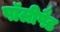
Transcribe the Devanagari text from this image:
पॉलीपैड